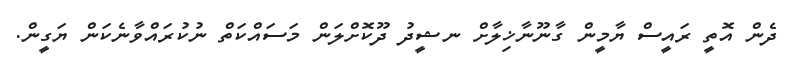
ދެން އޮތީ ރައީސް ޔާމީން ގާނޫނާޚިލާށް ނޝީދު ދޫކޮށްލަން މަސައްކަތް ނުކުރައްވާނެކަން ޔަގީން.